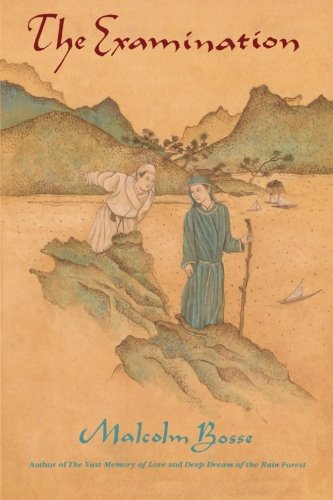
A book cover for The Examination (Sunburst Book); Malcolm Bosse; Teen & Young Adult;